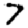
Digit: 7